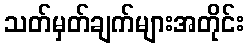
သတ်မှတ်ချက်များအတိုင်း